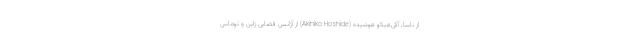
از ناسا، آکی‌هیکو هوشیده (Akihiko Hoshide) از آژانس فضایی ژاپن و توماس